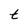
Character: t